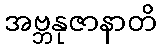
အဗ္ဘနုဇာနာတိ